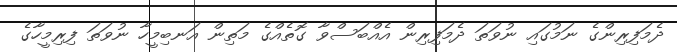
ދެމަފިރިންގެ ނަމުގައި ނުވަތަ ދެމަފިރިން އެއްބަސްވާ ގޮތެއްގެ މަތިން އަނބިމީހާ ނުވަތަ ފިރިމީހާގެ